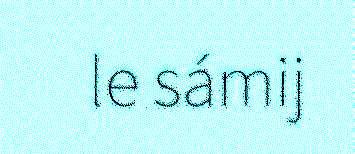
le sámij